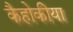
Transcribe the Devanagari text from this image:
कैहोकीया